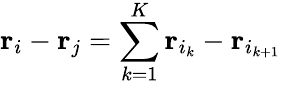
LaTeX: {\mathbf r}_{i}-{\mathbf r}_{j}=\sum_{k=1}^{K}{\mathbf r}_{i_{k}}-{\mathbf r}_{i_{k+1}}